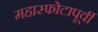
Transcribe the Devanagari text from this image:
महास्फोटापूर्वी